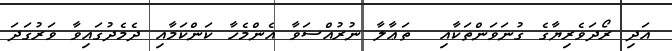
އަދި ރޯދަވެރިޔާގެ ގުނަވަންތަކާއި  ތަޢާލާ ނުރުއްސަވާ އެންމެހާ ކަންކަމާއި ދެމެދުގައިވާ ވަރުގަދަ